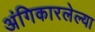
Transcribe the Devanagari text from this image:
अंगिकारलेल्या